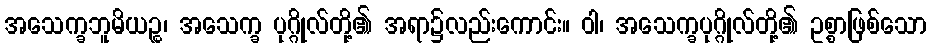
အသေက္ခဘူမိယဉ္စ၊ အသေက္ခ ပုဂ္ဂိုလ်တို့၏ အရာ၌လည်းကောင်း။ ဝါ၊ အသေက္ခပုဂ္ဂိုလ်တို့၏ ဥစ္စာဖြစ်သော